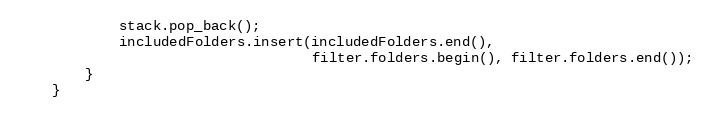
Language: C++
			stack.pop_back();
			includedFolders.insert(includedFolders.end(),
			                       filter.folders.begin(), filter.folders.end());
		}
	}